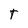
Character: T